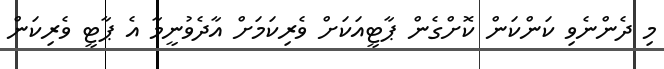
މި ދެންނެވި ކަންކަން ކޮށްގެން ޕާޓީއަކަށް ވެރިކަމަށް އާދެވުނީމާ އެ ޕާޓީ ވެރިކަން